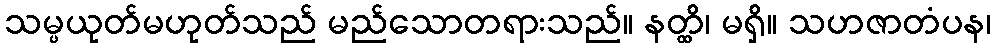
သမ္ပယုတ်မဟုတ်သည် မည်သောတရားသည်။ နတ္ထိ၊ မရှိ။ သဟဇာတံပန၊